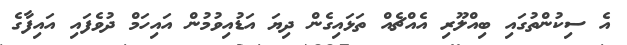
އެ ސިކުންތުގައި ބިއްލޫރި އެއްޗެެއް ތަޅައިގެން ދިޔަ އަޑުއިވުމުން އައިހަމް ދުވެފައި އައިފާގެ